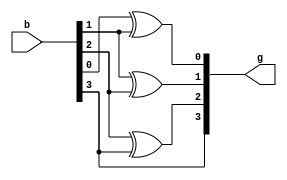
`timescale 1ns / 1ps


module bin_gray(b,g);
input [3:0]b;
output [3:0]g;

buf u3(g[3],b[3]);
xor u0(g[2],b[2],b[3]);
xor u1(g[1],b[1],b[2]);
xor u2(g[0],b[0],b[1]);
	    
endmodule